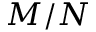
M / N